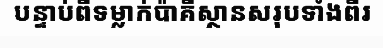
បន្ទាប់ពីទម្លាក់ប៉ាគីស្ថានសរុបទាំងពីរ